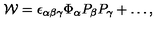
{ \cal W } = \epsilon _ { \alpha \beta \gamma } \Phi _ { \alpha } P _ { \beta } P _ { \gamma } + \dots ,